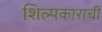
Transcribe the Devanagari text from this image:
शिल्पकाराची